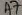
Text: A7